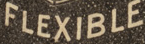
FIEXIBLE